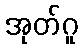
အုတ်ဂူ